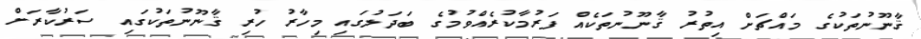
ޤާނޫނުތަކުގެ މައްޗަށް އިތުރު ޤާނޫނުތަކެއް ފަރުމާކުރެއްވުމުގެ ބަދަލުގައި މިހާރު ހުރި ޤާނޫނުތަކުގައި ސަރުކާރަށް